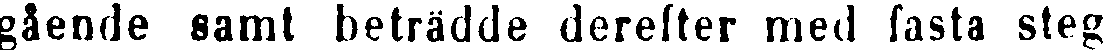
gående samt beträdde derefter med fasta steg